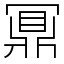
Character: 鼏